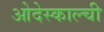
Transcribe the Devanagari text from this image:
ओदेस्काल्ची